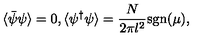
\langle \bar { \psi } \psi \rangle = 0 , \langle \psi ^ { \dagger } \psi \rangle = \frac { N } { 2 \pi l ^ { 2 } } \mathrm { s g n } ( \mu ) ,